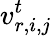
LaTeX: v_{r,i,j}^{t}